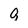
Character: Q